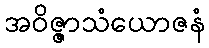
အဝိဇ္ဇာသံယောဇနံ